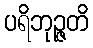
ပရိဘုဉ္ဇတိ